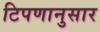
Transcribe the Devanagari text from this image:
टिपणानुसार